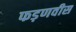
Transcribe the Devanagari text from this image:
फड़णवीस